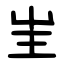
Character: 㞷